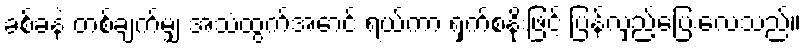
ခစ်ခနဲ တစ်ချက်မျှ အသံထွက်အောင် ရယ်ကာ ရှက်စနိုးဖြင့် ပြန်လှည့်ပြေးလေသည်။